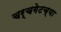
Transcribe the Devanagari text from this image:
चर्चगेटच्या